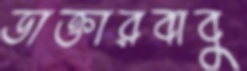
ডাক্তারবাবু